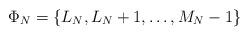
LaTeX: \begin{align*}\Phi_N = \{ L_N, L_N + 1,\dots, M_N - 1 \}\end{align*}